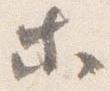
等